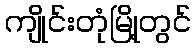
ကျိုင်းတုံမြို့တွင်